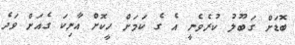
ބޮޑަށް ގަބޫލު ކުރެވެނީ އެ ގެ ކަމަށް ހީކޮށް އާނިކަ ގެއަށް ވަދެ